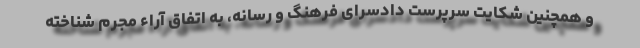
و همچنین شکایت سرپرست دادسرای فرهنگ و رسانه، به اتفاق آراء مجرم شناخته